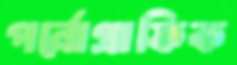
পর্নোগ্রাফিক